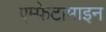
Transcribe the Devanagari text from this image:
एम्फेटामाइन